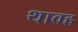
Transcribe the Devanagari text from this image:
थावह